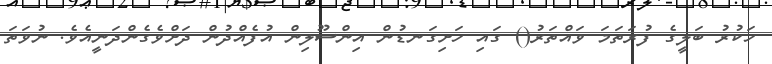
ހަކުރު ބަލީގެ ފުރަތަމަ ވައްތަރު() ގައި ހަށިގަނޑުން އިންސޫލިން އުފެއްދުން ދަށްވެގެންދަނީއެވެ. ނުވަތަ